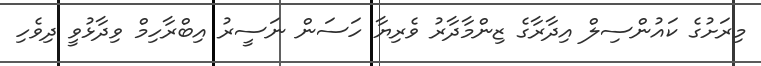
މިރަށުގެ ކައުންސިލް އިދާރާގެ ޒިންމާދާރު ވެރިޔާ ހަސަން ނަސީރު އިބްރާހިމް ވިދާޅުވީ ދިވެހި